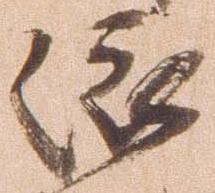
依